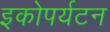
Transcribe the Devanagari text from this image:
इकोपर्यटन